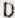
D